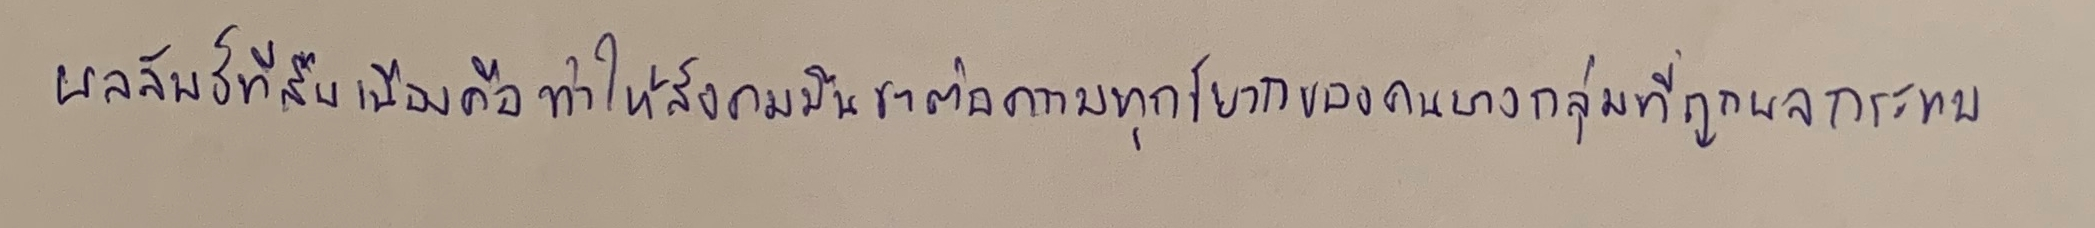
ผลลัพธ์ที่สืบเนื่องคือทำให้สังคมมึนชาต่อความทุกข์ยากของคนบางกลุ่มที่ถูกผลกระทบ